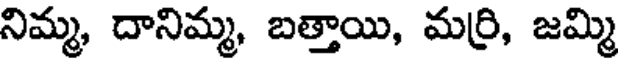
నిమ్మ, దానిమ్మ, బత్తాయి, మర్రి, జమ్మి